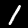
Digit: 1